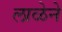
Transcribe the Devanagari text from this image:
लाळेने